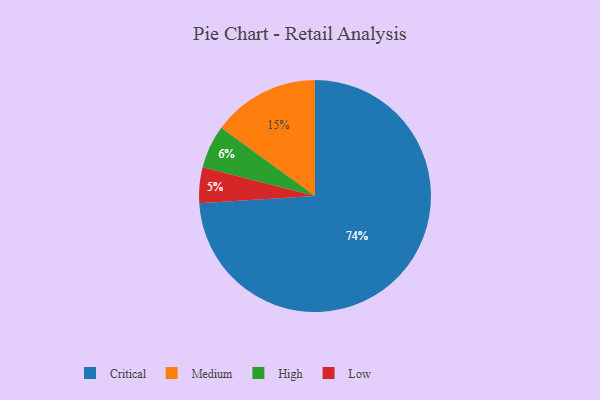
{"axis": {"x": "Category", "y": "Percentage"}, "legend": ["Critical", "High", "Low", "Medium"], "data": [{"x": "Low", "y": 5, "type": "Low"}, {"x": "Critical", "y": 74, "type": "Critical"}, {"x": "High", "y": 6, "type": "High"}, {"x": "Medium", "y": 15, "type": "Medium"}]}